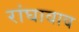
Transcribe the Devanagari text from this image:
रांघावाव